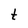
Character: t